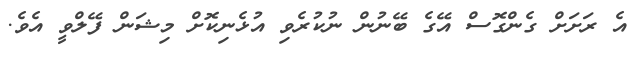
އެ ރަށަށް ގެންގޮސް އޭގެ ބޭނުން ނުކުރެވި އުޅެނިކޮށް މިޝަން ފޭލްވީ އެވެ.